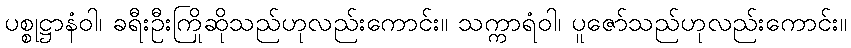
ပစ္စုဋ္ဌာနံဝါ၊ ခရီးဦးကြိုဆိုသည်ဟုလည်းကောင်း။ သက္ကာရံဝါ၊ ပူဇော်သည်ဟုလည်းကောင်း။